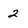
Character: 2